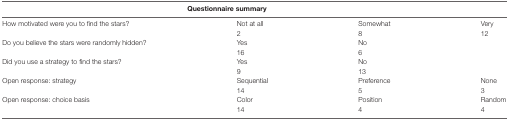
<table><thead><tr><td colspan="4"><b>Questionnaire summary</b></td></tr></thead><tbody><tr><td>How motivated were you to find the stars?</td><td>Not at all</td><td>Somewhat</td><td>Very</td></tr><tr><td></td><td>2</td><td>8</td><td>12</td></tr><tr><td>Do you believe the stars were randomly hidden?</td><td>Yes</td><td>No</td><td></td></tr><tr><td></td><td>16</td><td>6</td><td></td></tr><tr><td>Did you use a strategy to find the stars?</td><td>Yes</td><td>No</td><td></td></tr><tr><td></td><td>9</td><td>13</td><td></td></tr><tr><td>Open response: strategy</td><td>Sequential</td><td>Preference</td><td>None</td></tr><tr><td></td><td>14</td><td>5</td><td>3</td></tr><tr><td>Open response: choice basis</td><td>Color</td><td>Position</td><td>Random</td></tr><tr><td></td><td>14</td><td>4</td><td>4</td></tr></tbody></table>